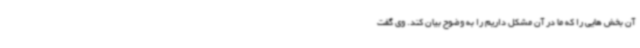
آن بخش هایی را که ما در آن مشکل داریم را به وضوح بیان کند. وی گفت